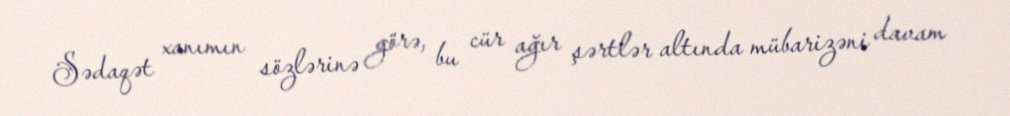
Sədaqət xanımın sözlərinə görə, bu cür ağır şərtlər altında mübarizəni davam